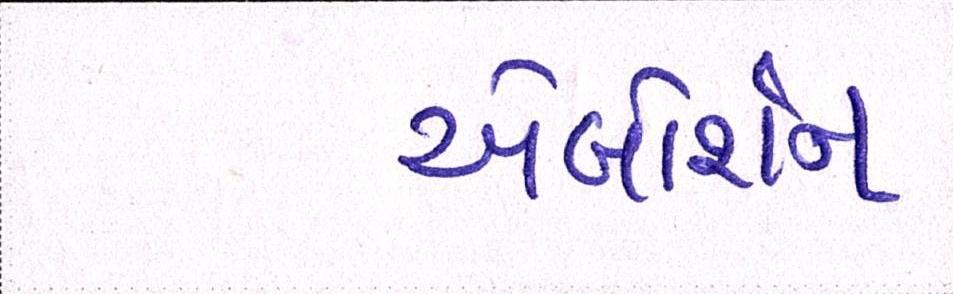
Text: એબોર્શન